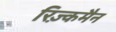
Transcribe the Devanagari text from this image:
रिज़्कमैन